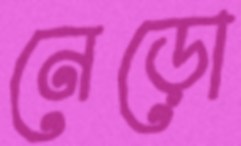
নেড়ো